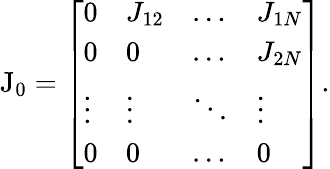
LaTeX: \mathrm{J_{0}}=\left[\begin{array}{llll}{0}&{J_{12}}&{\dots}&{J_{1N}}\\ {0}&{0}&{\dots}&{J_{2N}}\\ {\vdots}&{\vdots}&{\ddots}&{\vdots}\\ {0}&{0}&{\dots}&{0}\end{array}\right].